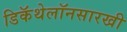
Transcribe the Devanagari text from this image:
डिकॅथेलॉनसारखी